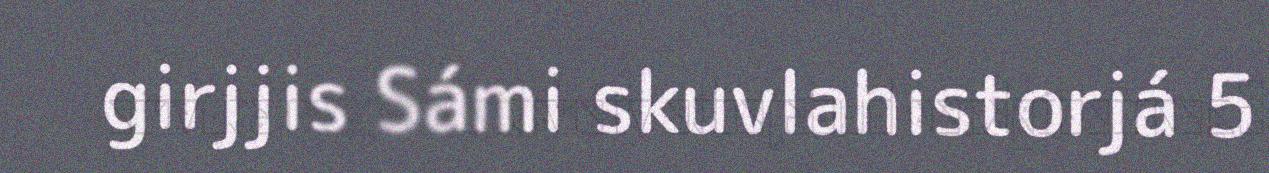
girjjis Sámi skuvlahistorjá 5